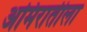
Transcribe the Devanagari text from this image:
अमिरातीला